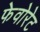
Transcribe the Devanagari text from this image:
फेवोरेट